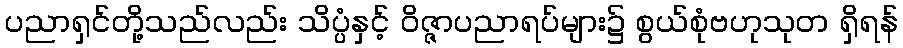
ပညာရှင်တို့သည်လည်း သိပ္ပံနှင့် ဝိဇ္ဇာပညာရပ်များ၌ စွယ်စုံဗဟုသုတ ရှိရန်